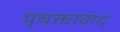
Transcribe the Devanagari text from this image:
पृथक्तावाद